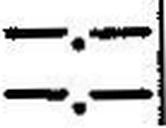
—.—